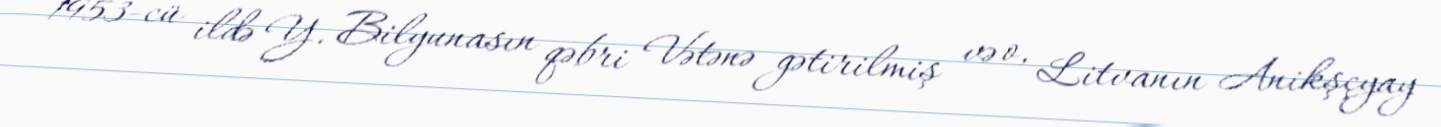
1953-cü ildə Y. Bilyunasın qəbri Vətənə gətirilmiş və o, Litvanın Anikşçyay